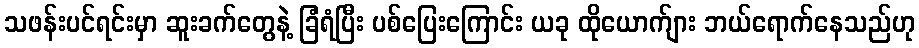
သဖန်းပင်ရင်းမှာ ဆူးခက်တွေနဲ့ ခြံရံပြီး ပစ်ပြေးကြောင်း ယခု ထိုယောက်ျား ဘယ်ရောက်နေသည်ဟု